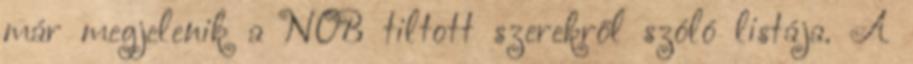
már megjelenik a NOB tiltott szerekről szóló listája. A